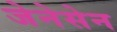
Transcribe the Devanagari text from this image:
जेनेसेन